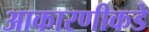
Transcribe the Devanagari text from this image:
आकारणीकडे